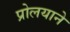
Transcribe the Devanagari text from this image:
प्रोलयाने